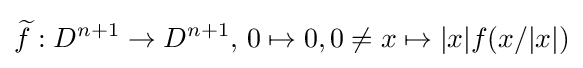
{\widetilde {f}}:D^{n+1}\to D^{n+1},\,0\mapsto 0,0\neq x\mapsto |x|f(x/|x|)